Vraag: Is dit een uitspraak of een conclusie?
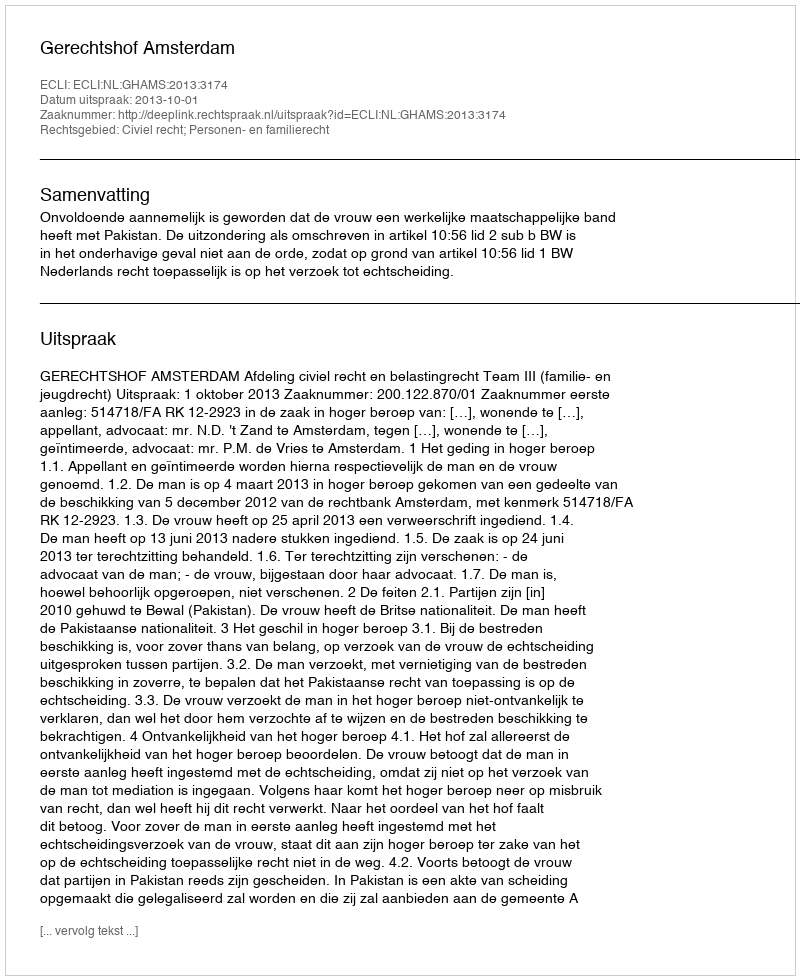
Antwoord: Uitspraak